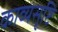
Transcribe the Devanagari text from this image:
काव्यसृष्टि